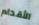
الأقدام